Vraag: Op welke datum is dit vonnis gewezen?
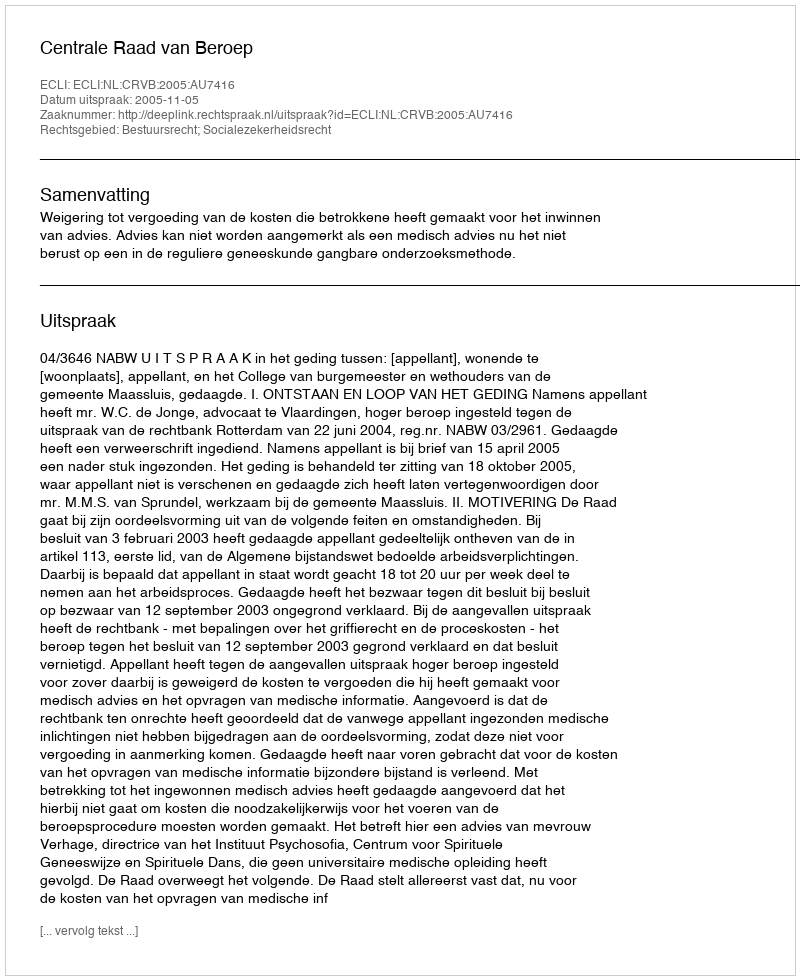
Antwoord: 2005-11-05